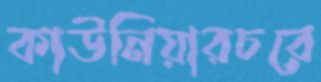
কাউনিয়ারচরে